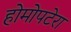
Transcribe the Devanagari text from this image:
होमोपटेरा